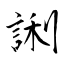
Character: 誗